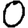
Digit: 0